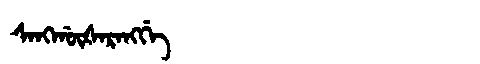
Manchu: ᠰᠠᠩᡤᡡᡧᠠᡵᠠᠩᡤᡝ
Romanization: SANGGŪŠARANGGE